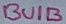
Text: BUIB